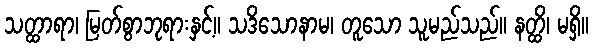
သတ္ထာရာ၊ မြတ်စွာဘုရားနှင့်။ သဒိသောနာမ၊ တူသော သူမည်သည်။ နတ္ထိ၊ မရှိ။